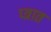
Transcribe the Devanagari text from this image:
प्त्रात